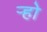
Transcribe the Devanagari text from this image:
र्‍हो